Election expenses, 1911, 1911
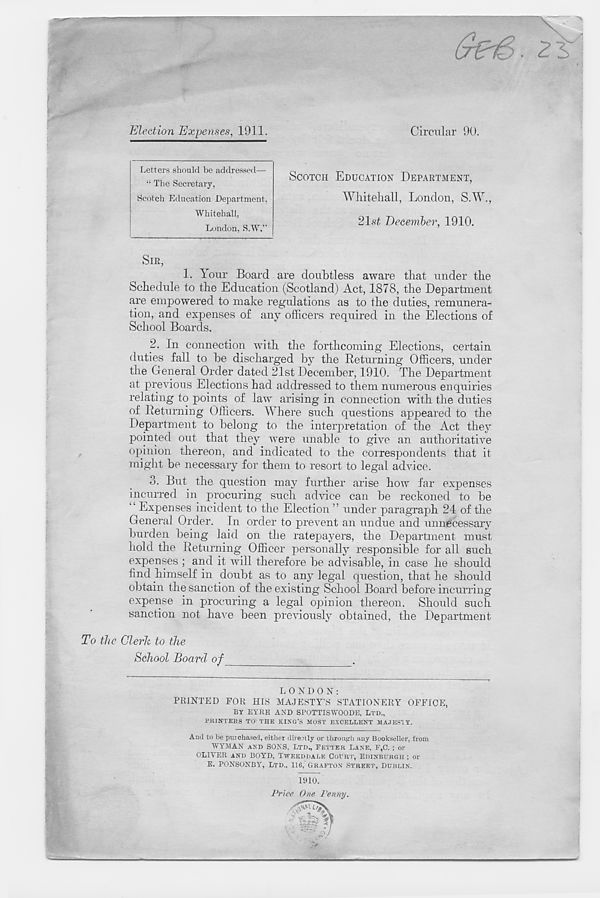
Election Expenses, 1911.
Circular 90.
Letters should be addressed—
“ The Secretary,
Scotch Education Department,
Whitehall,
London, S.W.”
SCOTCH EDUCATION DEPARTMENT,
Whitehall, London, S.W.,
21st December, 1910.
SIR,
1.
You
Schedule to the Education (Scotland) Act, 1878, the Department
are empowered to make regulations as to the duties, remunera-
tion, and expenses of any officers required in the Elections of
School Boards.
2. In connection with the forthcoming Elections, certain
duties fall to be discharged by the Returning Officers, under
the General Order dated 21st December, 1910. The Department
at previous Elections had addressed to them numerous enquiries
relating to points of law arising in connection with the duties
of Returning Officers. Where such questions appeared to the
Department to belong to the interpretation of the Act they
pointed out that they were unable to give an authoritative
opinion thereon, and indicated to the correspondents that it
might be necessary for them to resort to legal advice.
3. But the question may further arise how far expenses
incurred in procuring such advice can be reckoned to be
“ Expenses incident to the Election ” under paragraph 24 of the
General Order. In order to prevent an undue and unnecessary
burden being laid on the ratepayers, the Department must
hold the Returning Officer personally responsible for all such
expenses ; and it will therefore be advisable, in case he should
find himself in doubt as to any legal question, that he should
obtain the sanction of the existing School Board before incurring
expense in procuring a legal opinion thereon. Should such
sanction not have been previously obtained, the Department
To the Clerk to the
School Board of _
L O N D O N :
PRINTED FOR HIS MAJESTY’S STATIONERY OFFICE,
By EYRE AND SPOTTISWOODE, LTD.,
PIUNTEKS TO THE KIXG’S MOST EXCELLENT MAJESTY.
And to be purchased, either directly or through any Bookseller, from
WYMAN AND SONS, LTD., FETTER LANE, F,C.; or
OLIVER AND BOYD, TWEEDDALE OOTJRT, EDINBURGH ; or
E. PONSONBY, LTD., 116, GRAFTON STREET, DUBLIN.